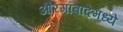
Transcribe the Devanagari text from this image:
औरंगाबादेमध्ये